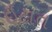
ઇટાત